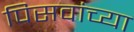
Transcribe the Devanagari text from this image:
पिसवांच्या